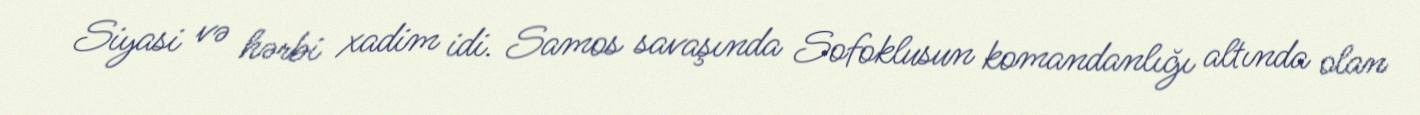
Siyasi və hərbi xadim idi. Samos savaşında Sofoklusun komandanlığı altında olan